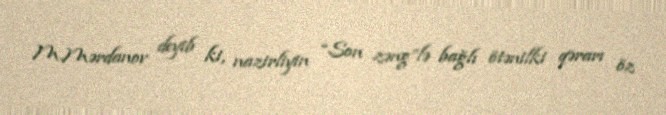
M.Mərdanov deyib ki, nazirliyin “Son zəng”lə bağlı ötənilki qərarı öz